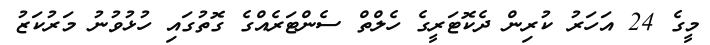
މީގެ 24 އަހަރު ކުރިން ދެކޮޓަރީގެ ހެލްތް ސެންޓަރެއްގެ ގޮތުގައި ހުޅުވުނު މަރުކަޒު